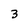
Character: 3